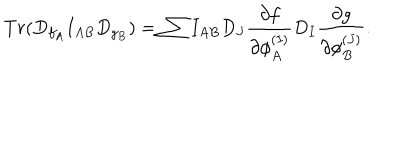
T r ( D _ { f _ { A } } I _ { A B } D _ { g _ { B } } ) = \sum I _ { A B } D _ { J } { \frac { \partial f } { \partial \phi _ { A } ^ { ( I ) } } } D _ { I } { \frac { \partial g } { \partial \phi _ { B } ^ { ( J ) } } } .